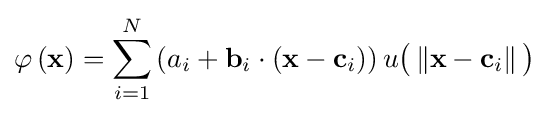
\varphi \left(\mathbf {x} \right)=\sum _{i=1}^{N}\left(a_{i}+\mathbf {b} _{i}\cdot \left(\mathbf {x} -\mathbf {c} _{i}\right)\right)u{\big (}\left\Vert \mathbf {x} -\mathbf {c} _{i}\right\Vert {\big )}